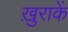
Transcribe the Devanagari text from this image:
ख़ुराकें